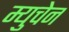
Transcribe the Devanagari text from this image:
म्युचेन